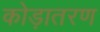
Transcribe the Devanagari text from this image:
कोड़ातरण